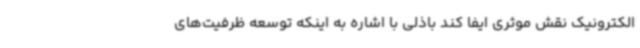
الکترونیک نقش موثری ایفا کند باذلی با اشاره به اینکه توسعه ظرفیت‌های